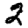
Digit: 2